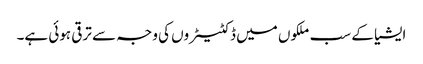
ایشیا کے سب ملکوں میں ڈکٹیٹروں کی وجہ سے ترقی ہوئی ہے۔